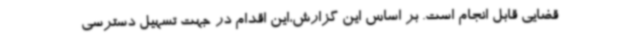
قضایی قابل انجام است. بر اساس این گزارش،این اقدام در جهت تسهیل دسترسی